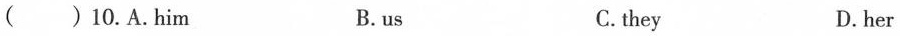
( )10.A.Him B.us C.they D.her